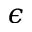
\epsilon